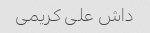
داش علی کریمی